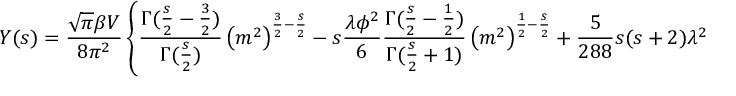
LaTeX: Y ( s ) = \frac { \sqrt { \pi } \beta V } { 8 \pi ^ { 2 } } \left\{ \frac { \Gamma ( \frac { s } { 2 } - \frac { 3 } { 2 } ) } { \Gamma ( \frac { s } { 2 } ) } \left( m ^ { 2 } \right) ^ { \frac { 3 } { 2 } - \frac { s } { 2 } } - s \frac { \lambda \phi ^ { 2 } } { 6 } \frac { \Gamma ( \frac { s } { 2 } - \frac { 1 } { 2 } ) } { \Gamma ( \frac { s } { 2 } + 1 ) } \left( m ^ { 2 } \right) ^ { \frac { 1 } { 2 } - \frac { s } { 2 } } + \frac { 5 } { 2 8 8 } s ( s + 2 ) \lambda ^ { 2 } \phi ^ { 4 } \frac { \Gamma ( \frac { s } { 2 } + \frac { 1 } { 2 } ) } { \Gamma ( \frac { s } { 2 } + 2 ) } \left( m ^ { 2 } \right) ^ { - \frac { 1 } { 2 } - \frac { s } { 2 } } \right\}